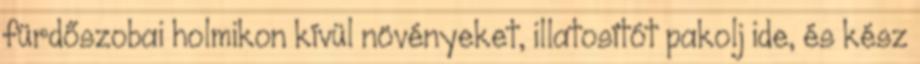
fürdőszobai holmikon kívül növényeket, illatosítót pakolj ide, és kész